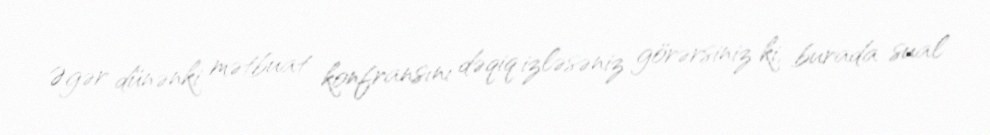
Əgər dünənki mətbuat konfransını dəqiq izləsəniz görərsiniz ki, burada sual